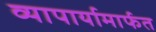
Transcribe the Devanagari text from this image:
व्यापार्यामार्फत